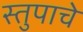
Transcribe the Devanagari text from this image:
स्तुपाचे